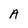
Character: A